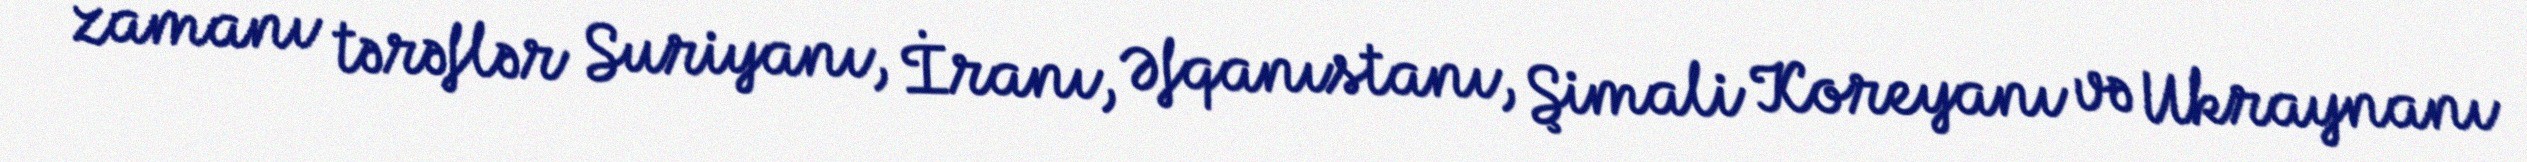
zamanı tərəflər Suriyanı, İranı, Əfqanıstanı, Şimali Koreyanı və Ukraynanı